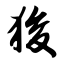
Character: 狻